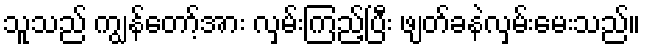
သူသည် ကျွန်တော့်အား လှမ်းကြည့်ပြီး ဖျတ်ခနဲလှမ်းမေးသည်။